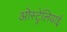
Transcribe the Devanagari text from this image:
ऒस्ट्रेलियाई